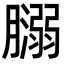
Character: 𦡥